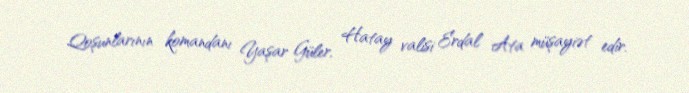
Qoşunlarının komandanı Yaşar Güler, Hatay valisi Erdal Ata müşayiət edir.